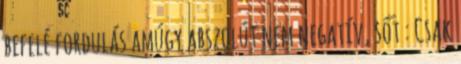
befelé fordulás amúgy abszolút nem negatív, sőt : Csak